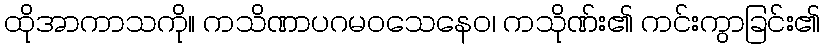
ထိုအာကာသကို။ ကသိဏာပဂမဝသေနေဝ၊ ကသိုဏ်း၏ ကင်းကွာခြင်း၏